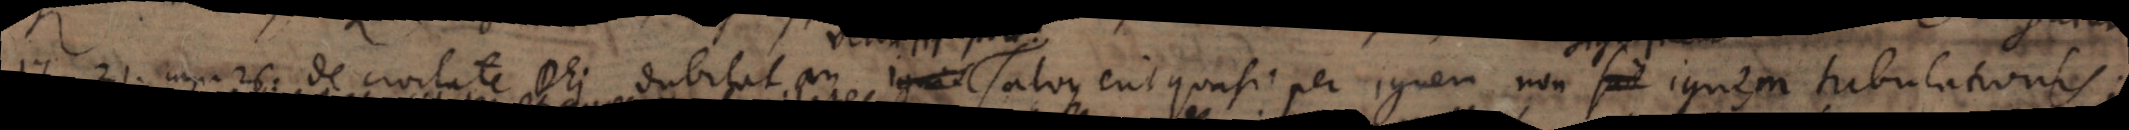
Lib. 21. cap. 26. De civitate Dei dubitat an ignis salvus erit quasi per ignem non ignem tribulationis;